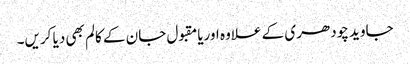
جاوید چودھری کے علاوہ اوریامقبول جان کے کالم بھی دیا کریں۔